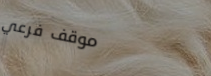
موقف فرعي